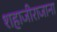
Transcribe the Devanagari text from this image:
शहाजीराजाना